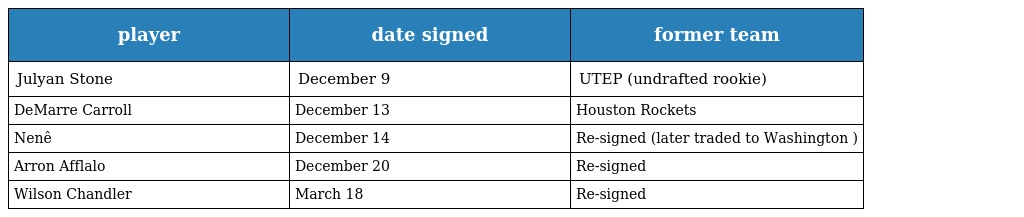
| player | date signed | former team |
 | --- | --- | --- |
 | Julyan Stone | December 9 | UTEP (undrafted rookie) |
 | DeMarre Carroll | December 13 | Houston Rockets |
 | Nenê | December 14 | Re-signed (later traded to Washington ) |
 | Arron Afflalo | December 20 | Re-signed |
 | Wilson Chandler | March 18 | Re-signed |